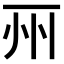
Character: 𠀦